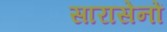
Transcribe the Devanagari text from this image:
सारासेनों